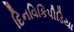
દિનવિકિપીડિયા